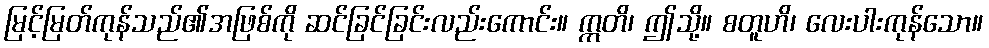
မြင့်မြတ်ကုန်သည်၏အဖြစ်ကို ဆင်ခြင်ခြင်းလည်းကောင်း။ ဣတိ၊ ဤသို့။ စတူဟိ၊ လေးပါးကုန်သော။